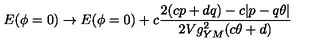
E ( \phi = 0 ) \to E ( \phi = 0 ) + c \frac { 2 ( c p + d q ) - c | p - q \theta | } { 2 V g _ { Y M } ^ { 2 } ( c \theta + d ) }